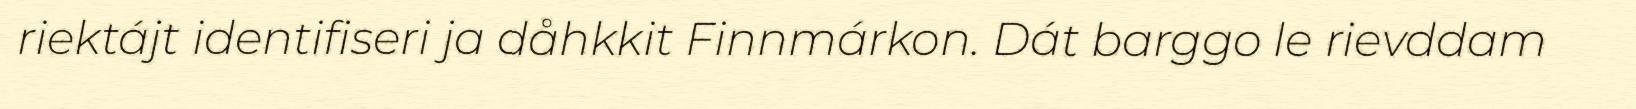
riektájt identifiseri ja dåhkkit Finnmárkon. Dát barggo le rievddam